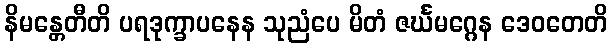
နိမန္တေတီတိ ပရဒုက္ခာပနေန သုညံပေ မိတံ ဇင်္ဃမဂ္ဂေန ဒေဝတေတိ